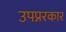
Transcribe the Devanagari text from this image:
उपप्ररकार